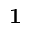
{ \bf 1 }